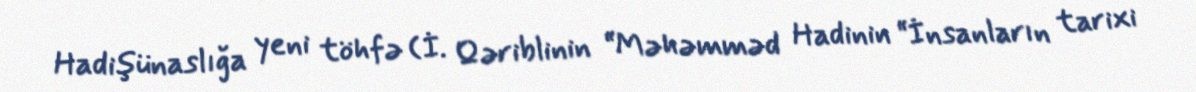
Hadişünaslığa yeni töhfə (İ. Qəriblinin “Məhəmməd Hadinin “İnsanların tarixi